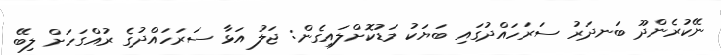
ނޭކުރެންދޫ ބަނދަރު ސަރަހައްދުގައި ބަޔަކު މަޑުކޮށްލައިގެން: ޖަލު އަޅާ ސަރަހައްދުގެ ރުއްގަހަށް ލިބޭ